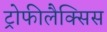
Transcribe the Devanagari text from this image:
ट्रोफीलैक्सिस